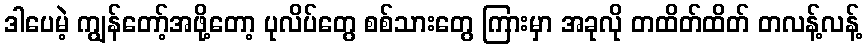
ဒါပေမဲ့ ကျွန်တော့်အဖို့တော့ ပုလိပ်တွေ စစ်သားတွေ ကြားမှာ အခုလို တထိတ်ထိတ် တလန့်လန့်